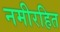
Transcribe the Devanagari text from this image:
नमीरहित